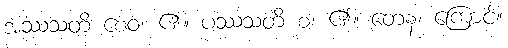
အဿသတိ စေဝ၊ ၏။ ပဿသတိ စ၊ ၏။ တေန၊ ကြောင့်။